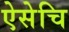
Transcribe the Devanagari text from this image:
ऐसेचि